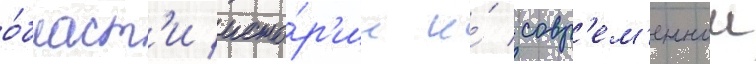
о́бласт'и исто́р'ии и́ совр'ем'еннои